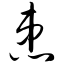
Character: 患